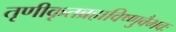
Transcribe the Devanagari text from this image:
तृणीकृतब्रह्मविष्णुवैभवः